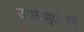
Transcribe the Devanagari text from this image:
उपसमुद्राच्या